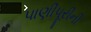
પાણીપૂરીની